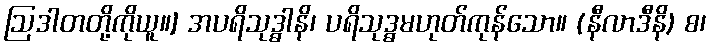
ဩဒါတတို့ကိုယူ။] အပရိသုဒ္ဓါနိ၊ ပရိသုဒ္ဓမဟုတ်ကုန်သော။ (နီလာဒီနိ) စ၊